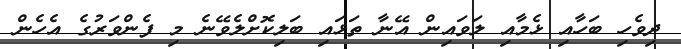
ދިވެހި ބަހާއި ޅެމާއި ލަވައިން އޭނާ ތަޅައި ބަލިކޮށްލެވޭނެ މި ފެންވަރުގެ އެހެން